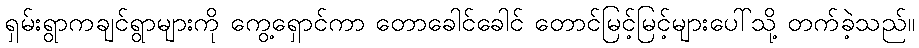
ရှမ်းရွာကချင်ရွာများကို ကွေ့ရှောင်ကာ တောခေါင်ခေါင် တောင်မြင့်မြင့်များပေါ်သို့ တက်ခဲ့သည်။